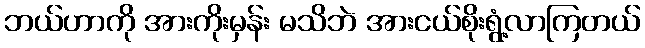
ဘယ်ဟာကို အားကိုးမှန်း မသိဘဲ အားငယ်စိုးရွံ့လာကြတယ်